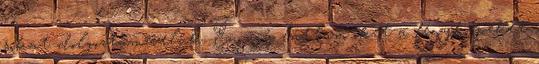
sokat dolgoztam velük. Én így láttam őket a fényképeket